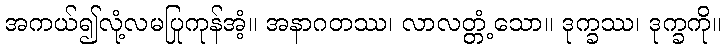
အကယ်၍လုံ့လမပြုကုန်အံ့။ အနာဂတဿ၊ လာလတ္တံ့သော။ ဒုက္ခဿ၊ ဒုက္ခကို။